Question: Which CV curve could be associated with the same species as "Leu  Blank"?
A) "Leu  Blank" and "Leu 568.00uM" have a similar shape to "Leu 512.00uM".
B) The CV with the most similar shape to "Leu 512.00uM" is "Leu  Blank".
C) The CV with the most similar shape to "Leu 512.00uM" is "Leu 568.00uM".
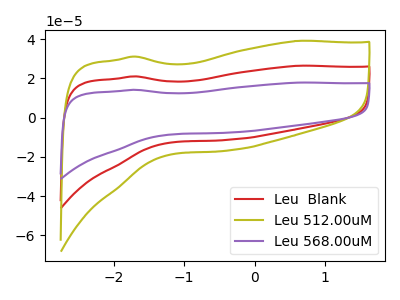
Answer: <think>The red curve "Leu  Blank" has no peaks. The olive curve "Leu 512.00uM" has no peaks. The purple curve "Leu 568.00uM" has no peaks.
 Neither "Leu  Blank" or "Leu 512.00uM" have any peaks. Neither "Leu  Blank" or "Leu 568.00uM" have any peaks. Neither "Leu 512.00uM" or "Leu 568.00uM" have any peaks.</think>
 <answer>A) "Leu  Blank" and "Leu 568.00uM" have a similar shape to "Leu 512.00uM".</answer>
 <eval>A</eval>